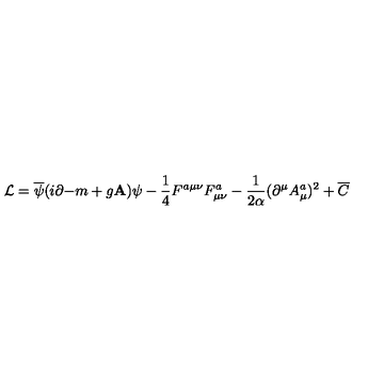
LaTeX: { \cal L } = \overline { { \psi } } ( i { \bf \partial - } m + g { \bf A ) } \psi - \frac 1 4 F ^ { a \mu \nu } F _ { \mu \nu } ^ { a } - \frac 1 { 2 \alpha } ( \partial ^ { \mu } A _ { \mu } ^ { a } ) ^ { 2 } + \overline { { C } }